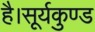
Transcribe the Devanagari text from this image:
है।सूर्यकुण्ड